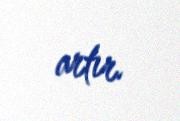
artır.